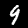
Digit: 9